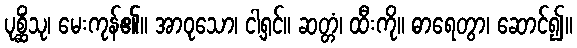
ပုစ္ဆိံသု၊ မေးကုန်၏။ အာဝုသော၊ ငါ့ရှင်။ ဆတ္တံ၊ ထီးကို။ ဓာရေတွာ၊ ဆောင်၍။